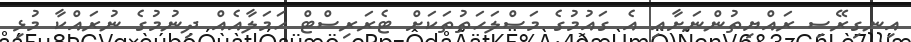
އިނގިރޭސި ރައްޔިތުންނަށާއި އެ ގައުމުގެ މަސްލަހަތުތަކަށް ޓެރަރިސްޓް ހަމަލާއެއް ދިނުމުގެ ނުރައްކާ މުޅި